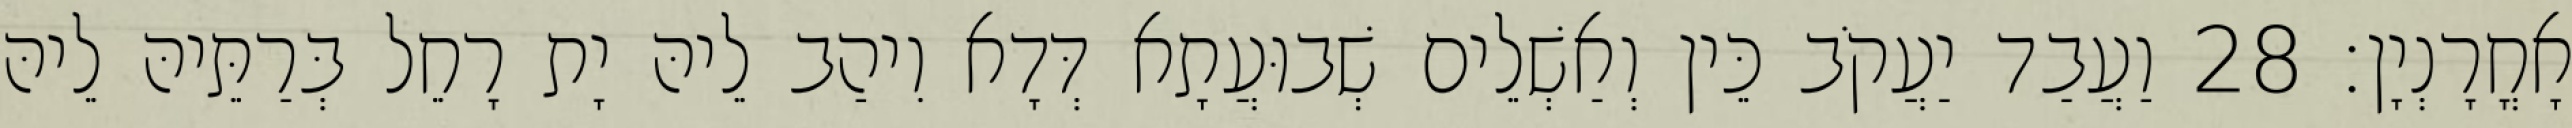
אָחֳרָנְיָן׃ 28 וַעֲבַד יַעֲקֹב כֵּין וְאַשְׁלֵים שְׁבוּעֲתָא דְּדָא וִיהַב לֵיהּ יָת רָחֵל בְּרַתֵּיהּ לֵיהּ